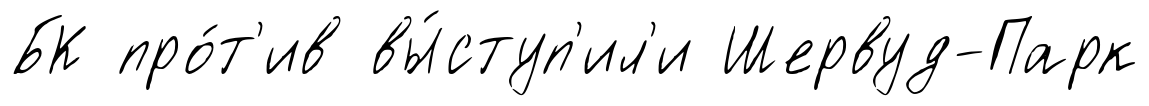
БК про́т'ив вы́ступ'ил'и Шервуд-Парк